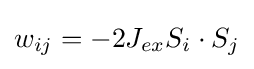
w_{ij}=-2J_{ex}S_{i}\cdot S_{j}